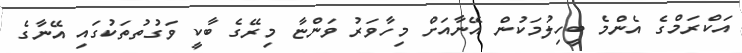
އަކްރަމްގެ އެންމެ ބީހިލުމަކުން އޭނާއަށް މިހާވަރު ވަންޏާ މިރޭގެ ބާކީ ވަގުތުތަކުގައި އޭނާގެ